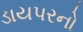
ડાયપરનો